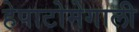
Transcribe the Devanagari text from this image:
हेपाटोमेगाली